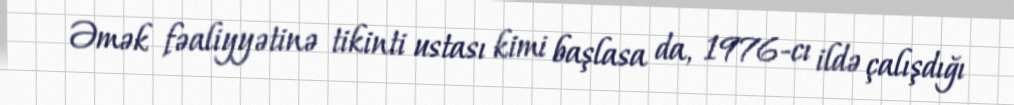
Əmək fəaliyyətinə tikinti ustası kimi başlasa da, 1976-cı ildə çalışdığı